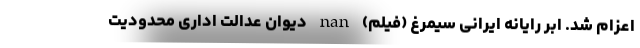
اعزام شد. ابر رایانه ایرانی سیمرغ (فیلم) nan دیوان عدالت اداری محدودیت